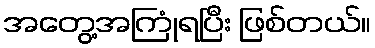
အတွေ့အကြုံရပြီး ဖြစ်တယ်။